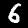
Label: 6